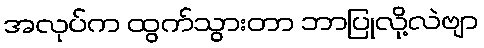
အလုပ်က ထွက်သွားတာ ဘာပြုလို့လဲဗျာ